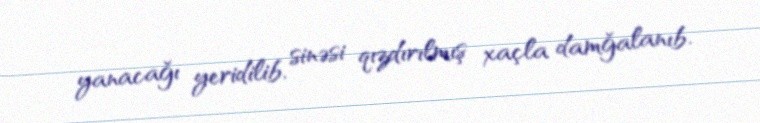
yanacağı yeridilib, sinəsi qızdırılmış xaçla damğalanıb.